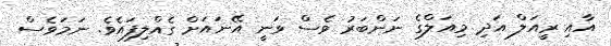
އާއި ރީއަލް އަދި މިއަލްގެ ނަންބަރު ވެސް ވަނީ އޭނައަށް ގެއްލިފައެވެ. ނަމަވެސް